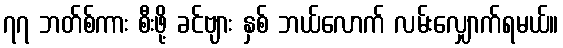
၇၇ ဘတ်စ်ကား စီးဖို့ ခင်ဗျား နှစ် ဘယ်လောက် လမ်းလျှောက်ရမယ်။